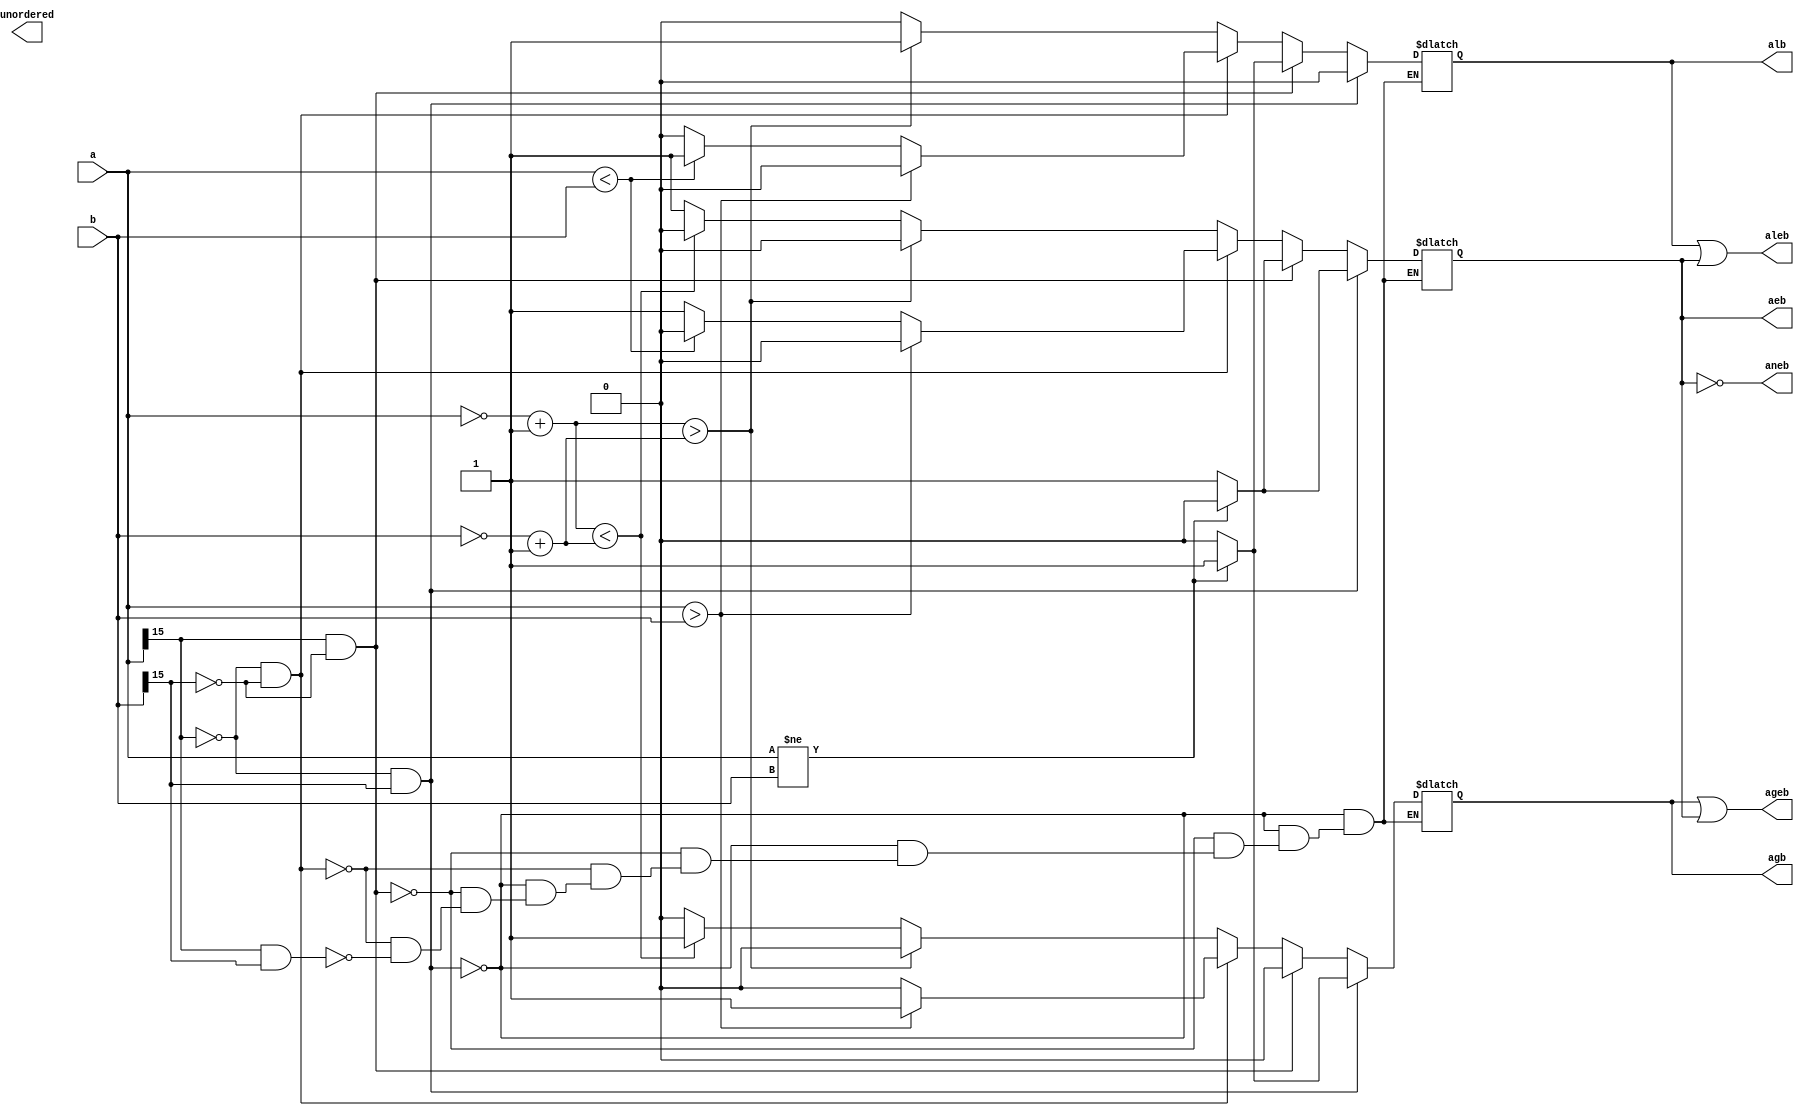
`define SIMULATION_MEMORY
//`define SIMULATION_addfp
`define VECTOR_DEPTH 64 //Q,K,V vector size
`define DATA_WIDTH 16
`define VECTOR_BITS 1024 // 16 bit each (16x64)
`define NUM_WORDS 32   //num of words in the sentence
`define BUF_AWIDTH 4 //16 entries in each buffer ram
`define BUF_LOC_SIZE 4 //4 words in each addr location
`define OUT_RAM_DEPTH 512 //512 entries in output bram
//`define EXPONENT 8
//`define MANTISSA 7
`define EXPONENT 5
`define MANTISSA 10
`define SIGN 1
`define DWIDTH (`SIGN+`EXPONENT+`MANTISSA)
`define DEFINES_DONE
`define DATAWIDTH (`SIGN+`EXPONENT+`MANTISSA)
`define IEEE_COMPLIANCE 1
`define NUM 4
`define ADDRSIZE 4

module comparator(
a,
b,
aeb,
aneb,
alb,
aleb,
agb,
ageb,
unordered
);

input [15:0] a;
input [15:0] b;
output aeb;
output aneb;
output alb;
output aleb;
output agb;
output ageb;
output unordered;

  

reg lt;
reg eq;
reg gt;

wire [15:0] a_t;
wire [15:0] b_t;

assign a_t = (~a[15:0])+1;
assign b_t = (~b[15:0])+1;

always @(*) begin
	if (a[15] == 1'b0 && b[15] == 1'b1) begin
		if (a != b) begin
		eq = 1'b0;
		lt = 1'b0;
		gt = 1'b1;
		end
		else begin
		eq = 1'b1;
		lt = 1'b0;
		gt = 1'b0;
		end
	end
	else if (a[15] == 1'b1 && b[15] == 1'b0) begin
		if (a != b) begin
		lt = 1'b1;
		gt = 1'b0;
		eq = 1'b0;
		end
		else begin
		lt = 1'b0;
		gt = 1'b0;
		eq = 1'b1;
		end
	end
	else if (a[15] == 1'b0 && b[15] == 1'b0) begin
		if (a > b) begin
		lt = 1'b0;
		gt = 1'b1;
		eq = 1'b0;
		end
		else if (a < b) begin
		lt = 1'b1;
		gt = 1'b0;
		eq = 1'b0;
		end
		else begin
		lt = 1'b0;
		gt = 1'b0;
		eq = 1'b1;
		end
	end
	else if (a[15] == 1'b1 && b[15] == 1'b1) begin
		if (a_t > b_t) begin
		lt = 1'b1;
		gt = 1'b0;
		eq = 1'b0;
		end
		else if (a_t < b_t) begin
		lt = 1'b0;
		gt = 1'b1;
		eq = 1'b0;
		end
		else begin
		lt = 1'b0;
		gt = 1'b0;
		eq = 1'b1;
		end
	end
end


//Result flags
assign aeb = eq;
assign aneb = ~eq;
assign alb = lt;
assign aleb = lt | eq;
assign agb = gt;
assign ageb = gt | eq;

endmodule